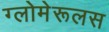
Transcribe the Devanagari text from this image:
ग्लोमेरूलस